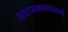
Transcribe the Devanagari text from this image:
अराजकतावाद्याने